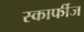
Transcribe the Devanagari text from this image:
स्कार्फीज